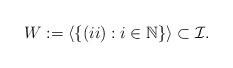
LaTeX: \begin{align*}W:=\langle \{(ii):i\in{\Bbb N}\}\rangle \subset {\cal I}.\end{align*}